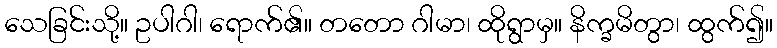
သေခြင်းသို့။ ဥပါဂါ၊ ရောက်၏။ တတော ဂါမာ၊ ထိုရွာမှ။ နိက္ခမိတွာ၊ ထွက်၍။